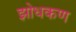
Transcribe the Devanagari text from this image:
झोधकण